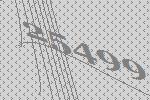
25499